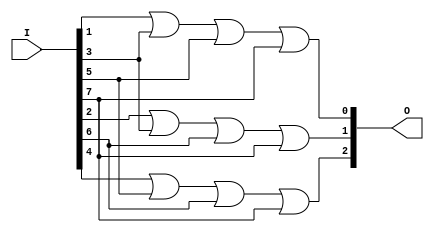
module top (
    output [2:0] O,
    input [7:0] I
);

    always @* begin
        O[0] = I[1] | I[3] | I[5] | I[7];
        O[1] = I[2] | I[3] | I[6] | I[7];
        O[2] = I[4] | I[5] | I[6] | I[7];
    end

endmodule